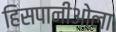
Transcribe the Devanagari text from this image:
हिसपानीओला